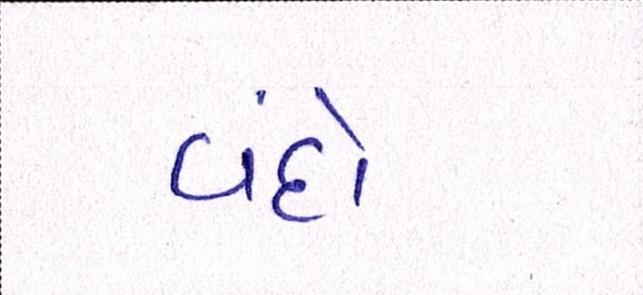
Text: વંદો